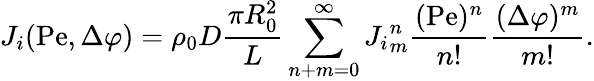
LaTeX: J_{i}(\mathrm{Pe},\Delta\varphi)=\rho_{0}D\frac{\pi R_{0}^{2}}{L}\sum_{n+m=0}^{\infty}{J_{i}}_{m}^{n}\frac{(\mathrm{Pe})^{n}}{n!}\frac{(\Delta\varphi)^{m}}{m!}.